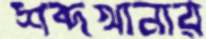
শব্দখানার